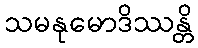
သမနုမောဒိဿန္တိ